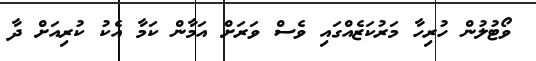
ވޯޓުލުން ހުރިހާ މަރުކަޒެއްގައި ވެސް ވަރަށް އަމާން ކަމާ އެކު ކުރިއަށް ދާ